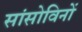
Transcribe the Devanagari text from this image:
सांसोविनों